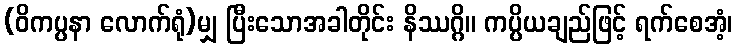
(ဝိကပ္ပနာ လောက်ရုံ)မျှ ပြီးသောအခါတိုင်း နိဿဂ္ဂိ။ ကပ္ပိယချည်ဖြင့် ရက်စေအံ့၊